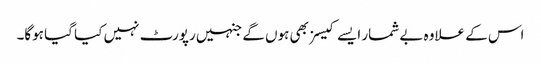
اس کے علاوہ بے شمار ایسے کیسز بھی ہوں گے جنہیں رپورٹ نہیں کیا گیا ہوگا۔